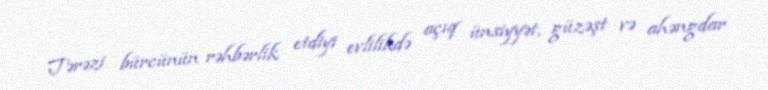
Tərəzi bürcünün rəhbərlik etdiyi evlilikdə açıq ünsiyyət, güzəşt və ahəngdar